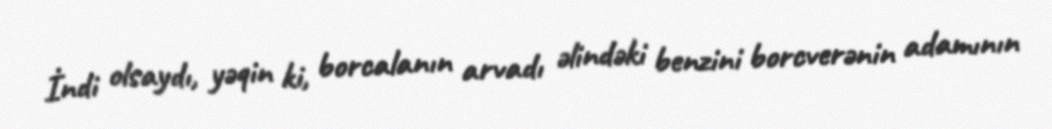
İndi olsaydı, yəqin ki, borcalanın arvadı əlindəki benzini borcverənin adamının